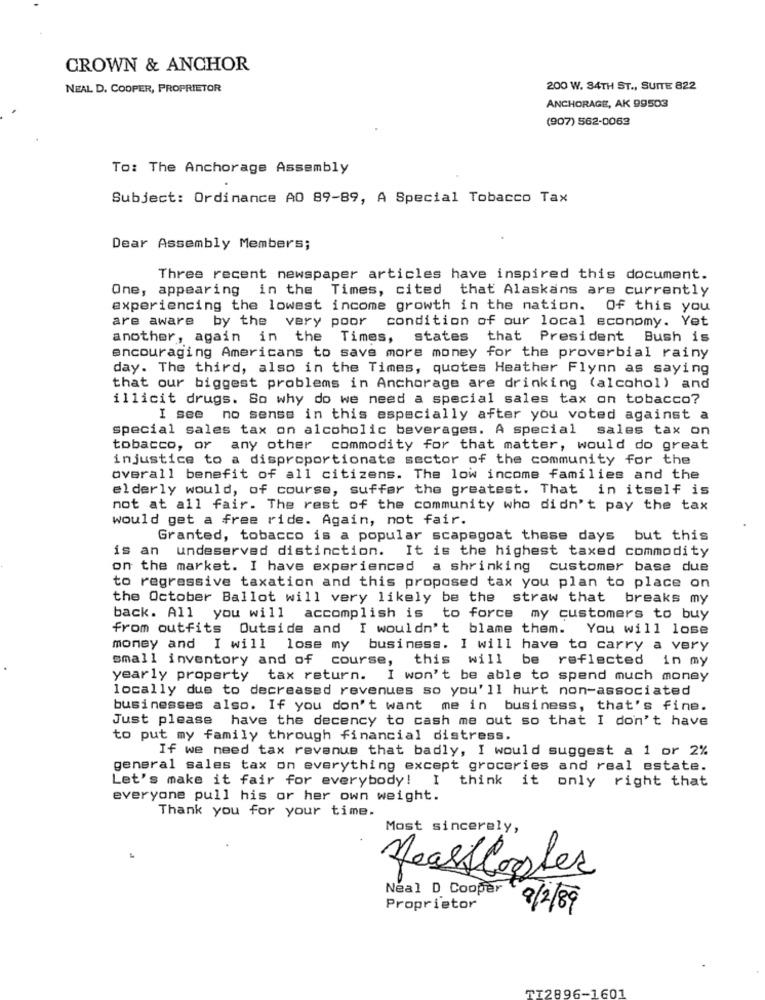
CROWN & ANCHOR
NEAL D. COOPER, PROPRIETOR
200 W. 84TH ST ., SUITE 822
ANCHORAGE, AK 99503
(907) 562-0062
To: The Anchorage Assembly
Subject: Ordinance AO 89-89, A Special Tobacco Tax
Dear Assembly Members;
Three recent newspaper articles have inspired this document.
One, appearing in the Times, cited that Alaskans are currently
experiencing the lowest income growth in the nation. Of this you
are aware by the very poor condition of our local economy. Yet
another, again in the Times, states that President Bush is
encouraging Americans to save more money for the proverbial rainy
day. The third, also in the Times, quotes Heather Flynn as saying
that our biggest problems in Anchorage are drinking (alcohol) and
illicit drugs. So why do we need a special sales tax on tobacco?
I see no sense in this especially after you voted against a
special sales tax on alcoholic beverages. A special sales tax on
tobacco, or any other commodity for that matter, would do great
injustice to a disproportionate sector of the community for the
overall benefit of all citizens. The low income families and the
elderly would, of course, suffer the greatest. That in itself is
not at all fair. The rest of the community who didn't pay the tax
would get a free ride. Again, not fair.
Granted, tobacco is a popular scapegoat these days but this
is an undeserved distinction. It is the highest taxed commodity
on the market. I have experienced a shrinking customer base due
to regressive taxation and this proposed tax you plan to place on
the October Ballot will very likely be the straw that breaks my
back. All you will accomplish is to force my customers to buy
from outfits Outside and I wouldn't blame them. You will lose
money and I will lose my business. I will have to carry a very
small inventory and of course, this will be reflected in my
yearly property tax return. I won't be able to spend much money
locally due to decreased revenues so you'll hurt non-associated
businesses also. If you don't want me in business, that's fine.
Just please have the decency to cash me out so that I don't have
to put my family through financial distress.
If we need tax revenue that badly, I would suggest a 1 or 2%
general sales tax on everything except groceries and real estate.
Let's make it fair for everybody! I
think it only right that
everyone pull his or her own weight.
Thank you for your time.
Most sincerely,
Heartlaster
Neal D Cooper
Proprietor
2/2/89
TT2896-1601